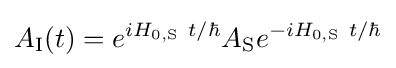
A_{\rm {I}}(t)=e^{iH_{0,\mathrm {S} }~t/\hbar }A_{\rm {S}}e^{-iH_{0,\mathrm {S} }~t/\hbar }